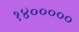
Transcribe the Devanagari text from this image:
१४०००००